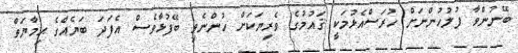
ބޭނުންވާ ފުލުހުންނަށް ހުރަސްއެޅުމަކީ ޤައުމުގެ ވެރިޔަކަށް ހުންނެވި ބޭފުޅާވެސް އެފަދަ ބަޔެއްގެ ޙިމާޔަތް